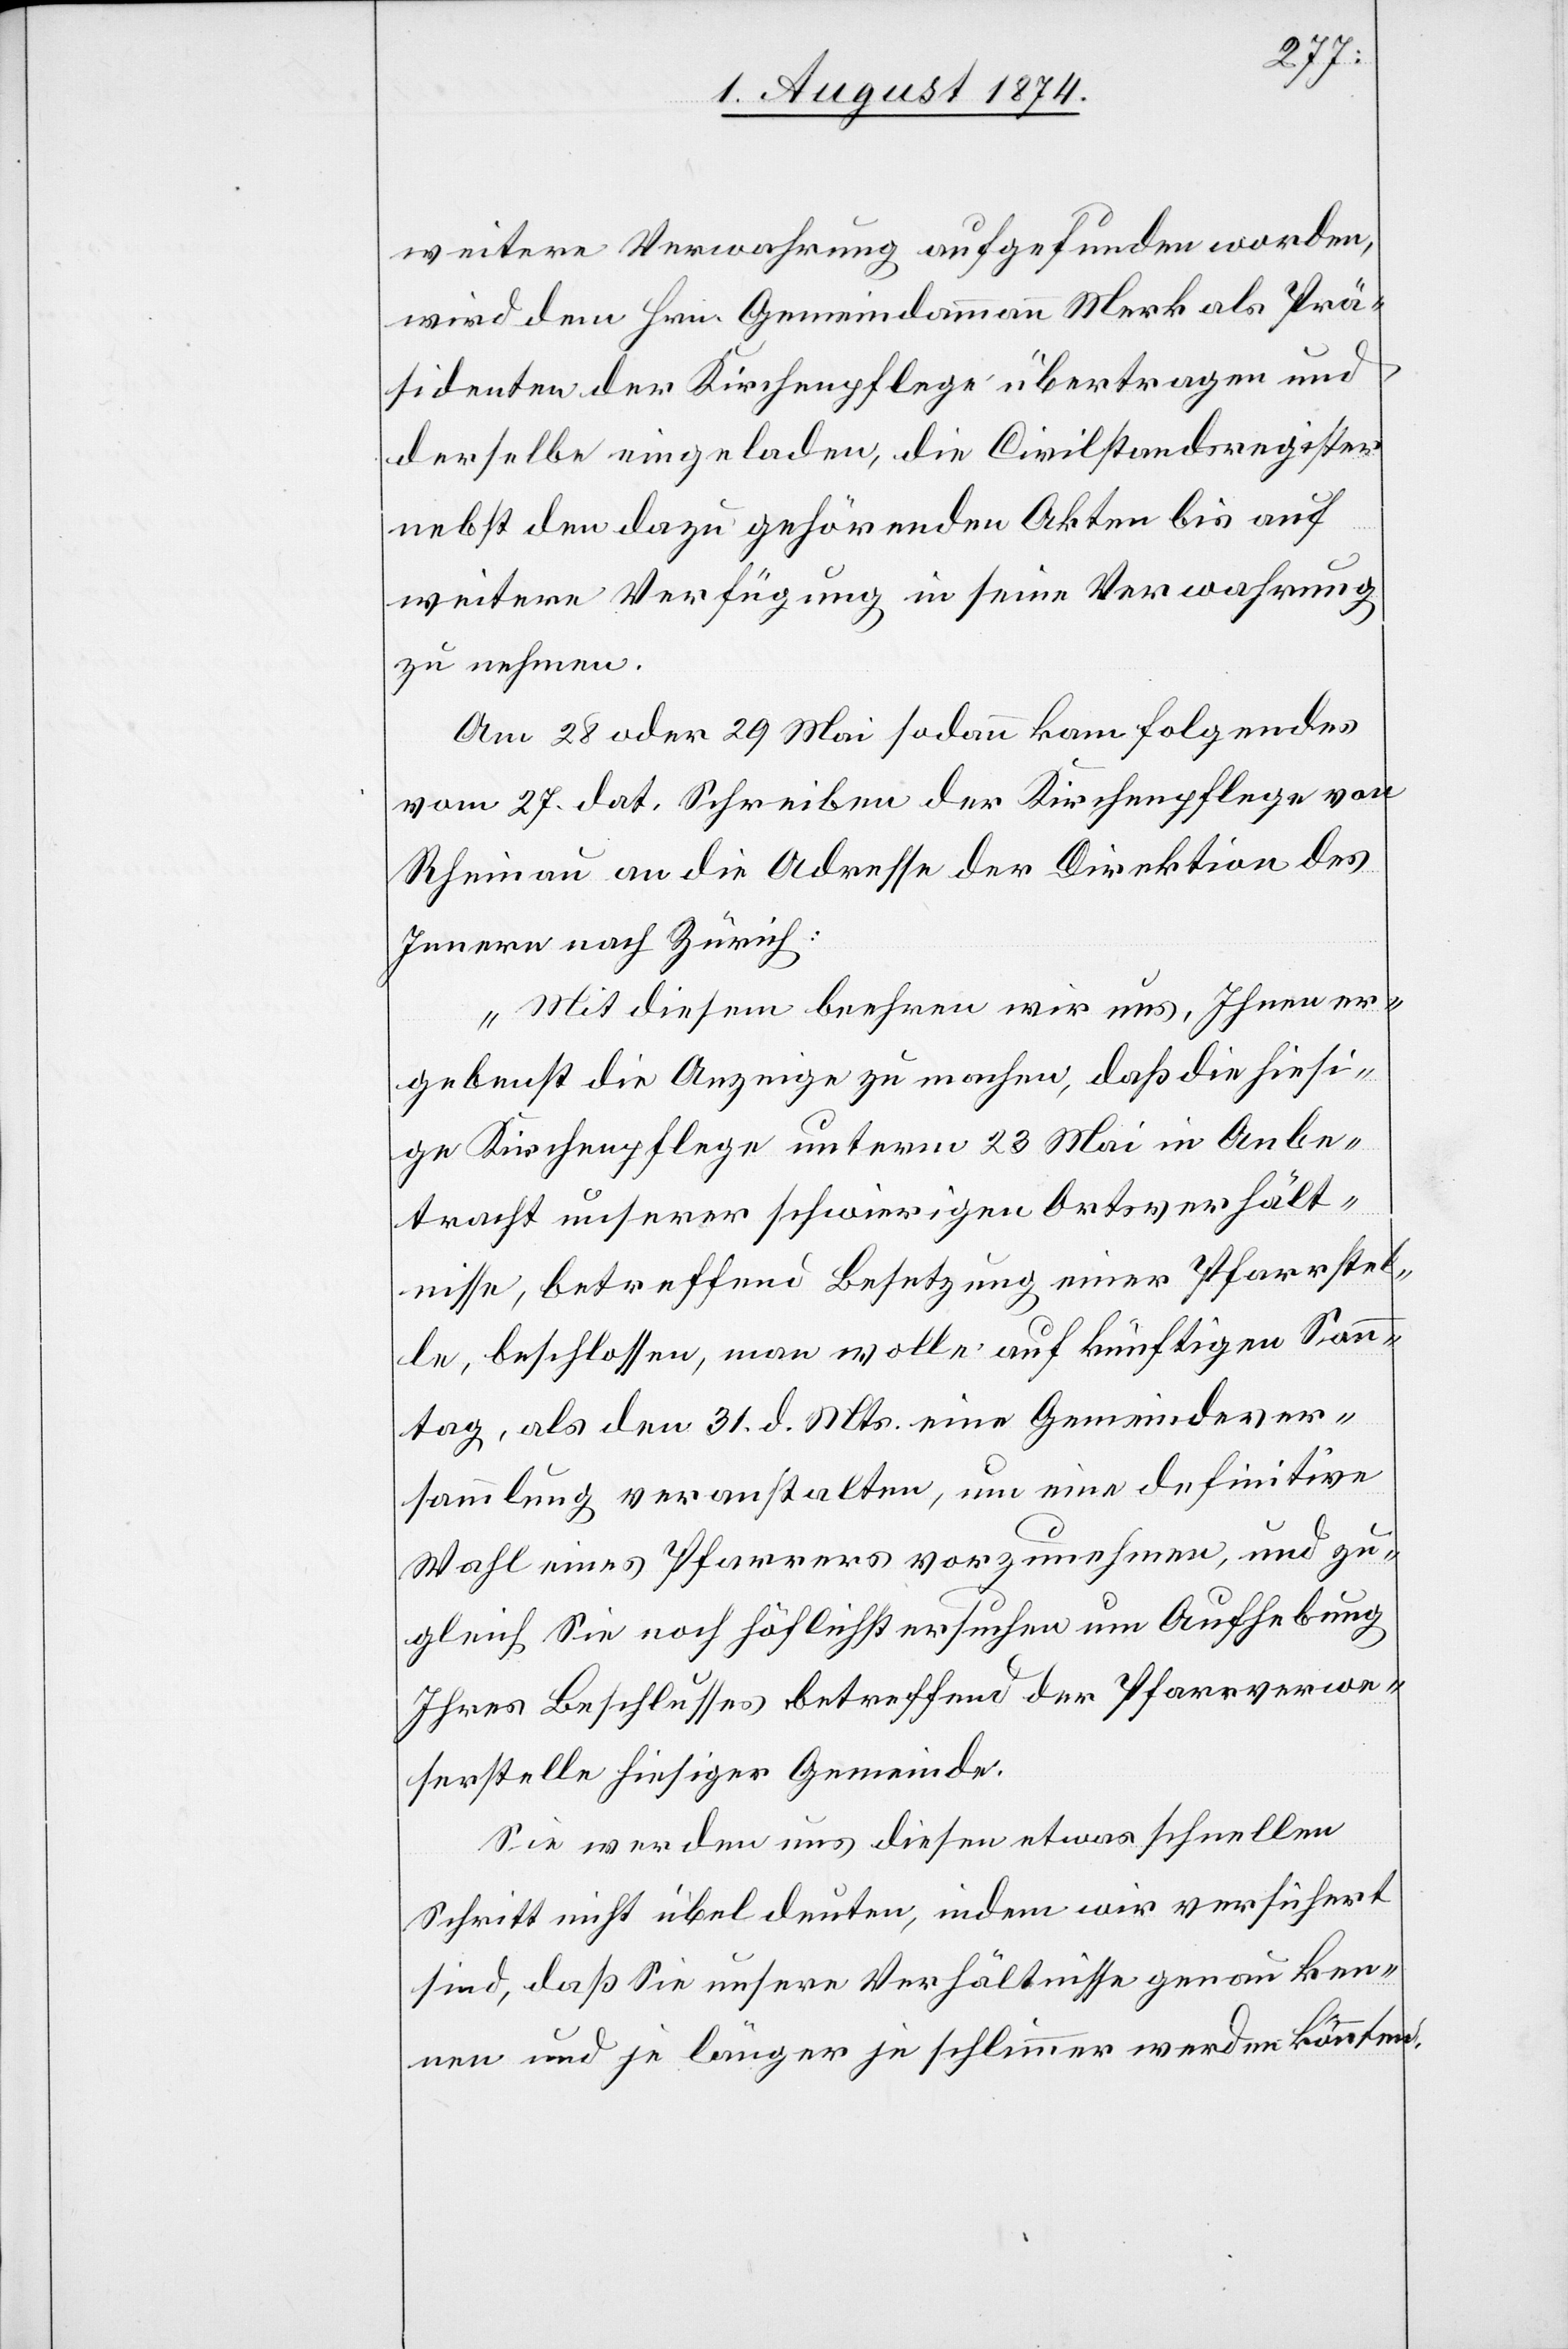
weitere Verwahrung aufgefunden worden,
wird dem Hrn. Gemeindammann Merk als Prä¬
sidenten der Kirchenpflege übertragen und
derselbe eingeladen, die Civilistandsregister
nebst den dazu gehörenden Akten bis auf
weitere Verfügung in seine Verwahrung
zu nehmen.
Am 28. oder 29. Mai sodann kam folgendes
vom 27. dat. Schreiben der Kirchenpflege von
Rheinau an die Adresse der Direktion des
Innern nach Zürich:
„Mit diesem beehren wir uns, Ihnen er¬
gebenst die Anzeige zu machen, daß die hiesi¬
ge Kirchenpflege unterm 23. Mai in Anbe¬
tracht unserer schwierigen Amtsverhält¬
nisse, betreffend Besetzung einer Pfarrstel¬
le, beschlossen, man wolle auf künftigen Sonn¬
tag, als den 31. d. Mts. eine Gemeindever¬
sammlung veranstalten, um eine definitive
Wahl eines Pfarrers vorzunehmen, und zu¬
gleich Sie noch höflichst ersuchen um Aufhebung
Ihres Beschlusses betreffend der Pfarrverwe¬
serstelle hiesiger Gemeinde.
Sie werden uns diesen etwas schnellen
Schritt nicht übel deuten, indem wir versichert
sind, daß sie unsere Verhältnisse genau ken¬
nen und [sie] je länger je schlimmer werden könnten.